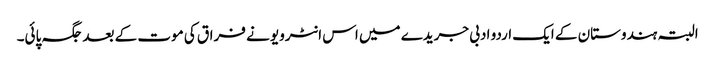
البتہ ہندوستان کے ایک اردو ادبی جریدے میں اس انٹرویو نے فراق کی موت کے بعد جگہ پائی۔